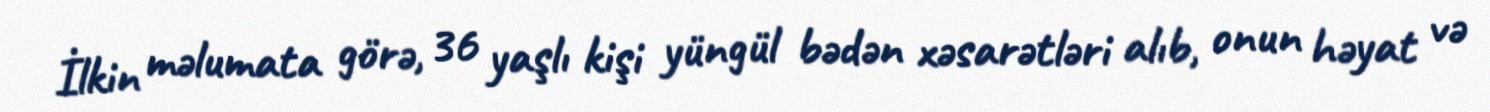
İlkin məlumata görə, 36 yaşlı kişi yüngül bədən xəsarətləri alıb, onun həyat və